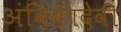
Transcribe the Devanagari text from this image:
अंबिकादेवी